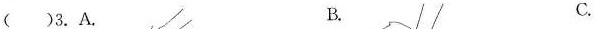
()3.A. B. C.